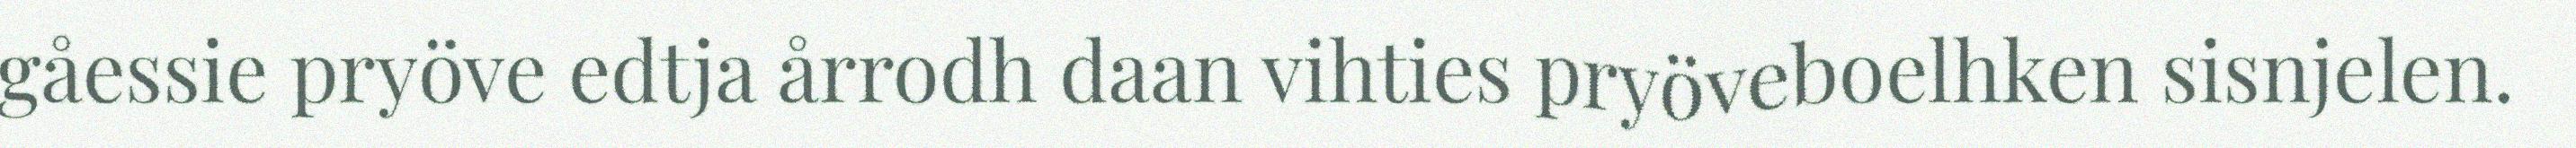
gåessie pryöve edtja årrodh daan vihties pryöveboelhken sisnjelen.